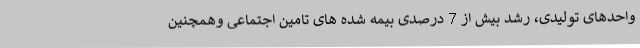
واحدهای تولیدی، رشد بیش از 7 درصدی بیمه شده های تامین اجتماعی وهمچنین